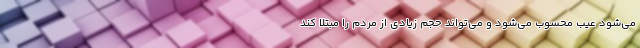
می‌شود عیب محسوب می‌شود و می‌تواند حجم زیادی از مردم را مبتلا کند